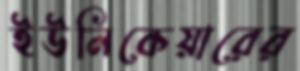
ইউনিকেয়ারের